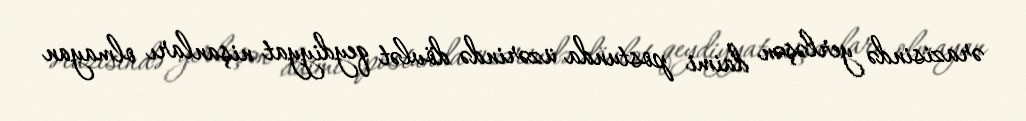
ərazisində yerləşən daimi postunda üzərində dövlət qeydiyyat nişanları olmayan